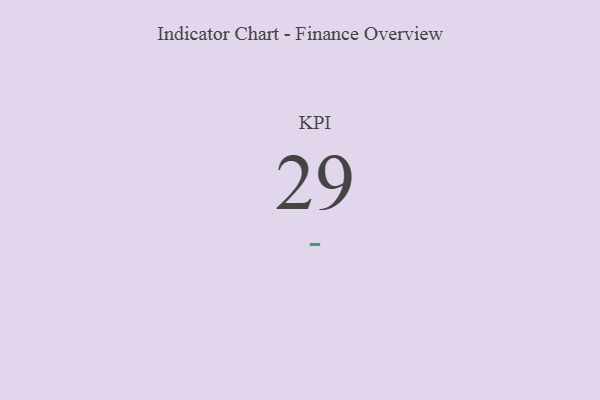
{"axis": {"x": "KPI", "y": "Value"}, "legend": [""], "data": [{"x": "KPI", "y": 29, "type": ""}]}